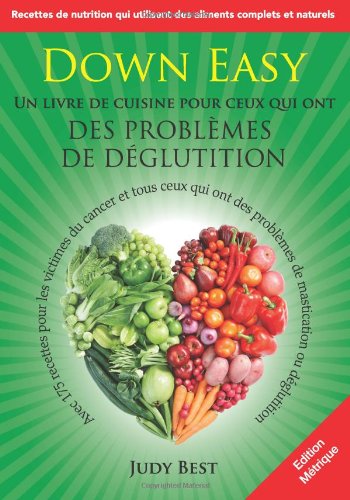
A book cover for Down Easy Edition Francaise: Un livre de cuisine pour ceux qui ont des problemes de deglutition (French Edition); Judy Best; Cookbooks, Food & Wine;